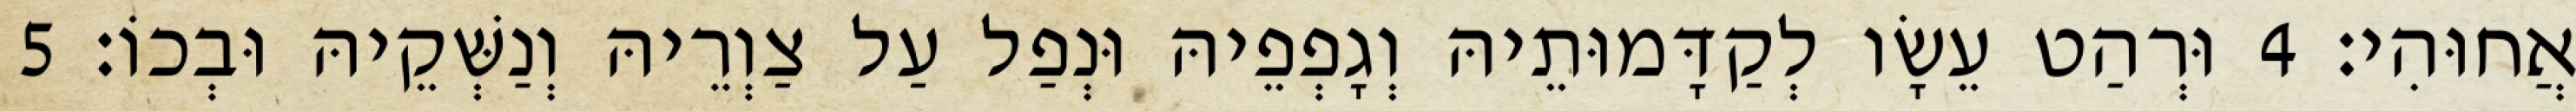
אֲחוּהִי׃ 4 וּרְהַט עֵשָׂו לְקַדָּמוּתֵיהּ וְגָפְפֵיהּ וּנְפַל עַל צַוְרֵיהּ וְנַשְּׁקֵיהּ וּבְכוֹ׃ 5